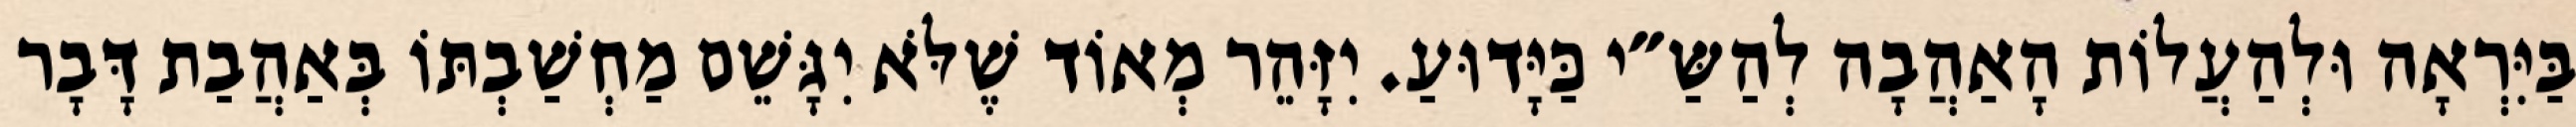
בַּיִּרְאָה וּלְהַעֲלוֹת הָאַהֲבָה לְהַשַּ״י כַּיָּדוּעַ. יִזָּהֵר מְאוֹד שֶׁלֹּא יִגָּשֵׁם מַחְשַׁבְתּוֹ בְּאַהֲבַת דָּבָר